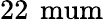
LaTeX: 22\, \mathrm{\ mum}